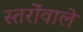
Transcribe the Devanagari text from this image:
स्तरोंवाले